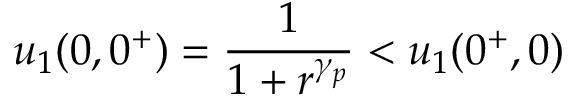
u _ { 1 } ( 0 , 0 ^ { + } ) = \frac { 1 } { 1 + r ^ { \gamma _ { p } } } < u _ { 1 } ( 0 ^ { + } , 0 )